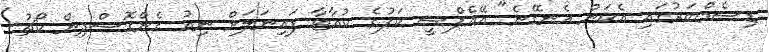
ޑިސެމްބަރުގައި އެކަން އެނގޭނެ" އޭއެފްސީ ކަޕުގެ ކުއާޓާ ފައިނަލަށް ނިއު ގެންގޮސްދިން ކޯޗު